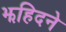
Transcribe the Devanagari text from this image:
झहिदने